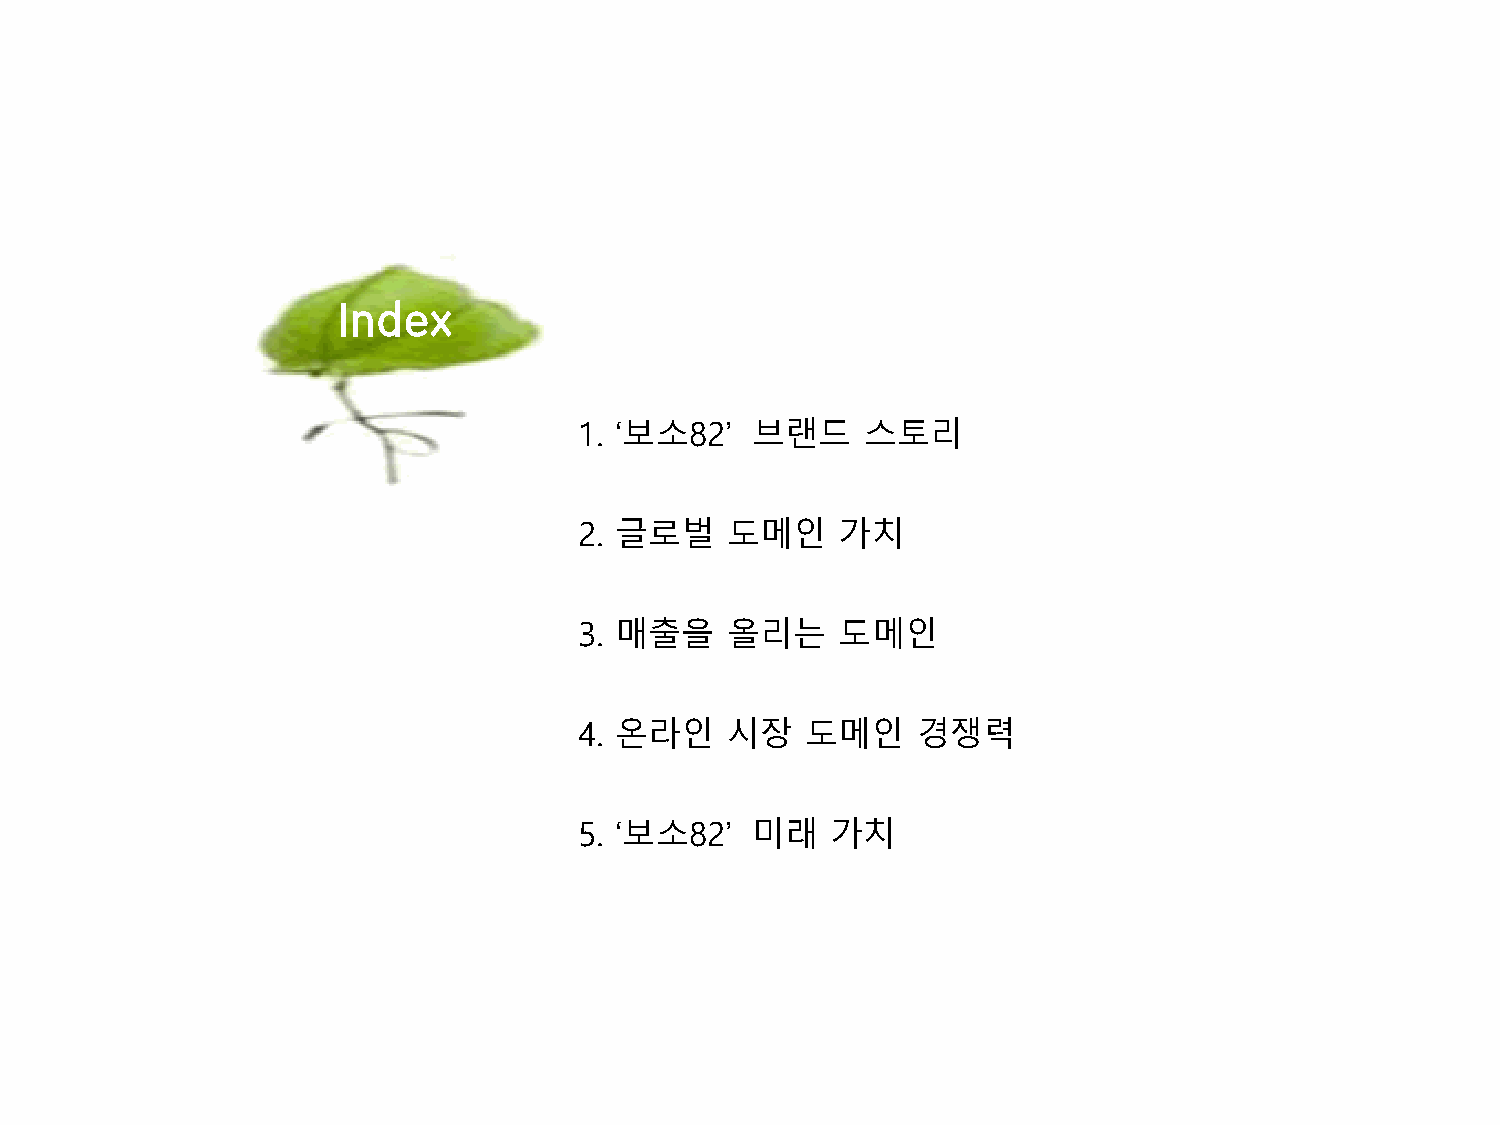
Index
 1. ‘보소82’   브랜드    스토리
 2. 글로벌    도메인     가치
 3. 매출을    올리는     도메인
 4. 온라인    시장   도메인     경쟁력
 5. ‘보소82’   미래   가치